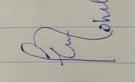
Signature authenticity: forged